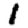
Digit: 1